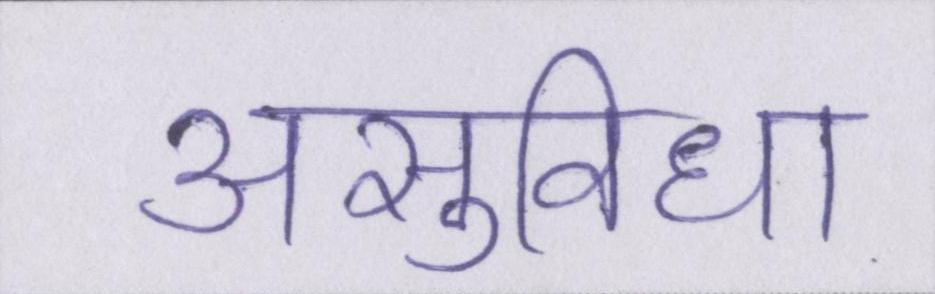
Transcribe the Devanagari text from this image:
असुविधा